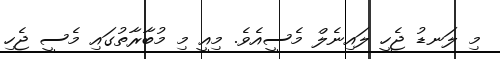
މި ލަނޑު ޖެހީ ލައިނެލް މެސީއެވެ. މިއީ މި މުބާރާތުގައި މެސީ ޖެހި